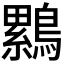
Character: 𮭒